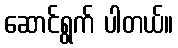
ဆောင်ရွက် ပါတယ်။